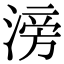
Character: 滂